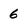
Character: 6